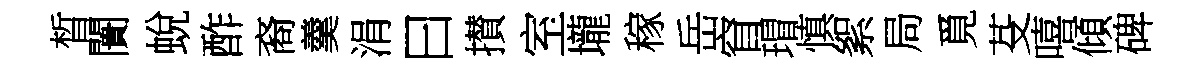
晳闠蛻酢裔羹涓曰攅室壠稼岳窅瑁慎絮局覓芟嘻傾碑